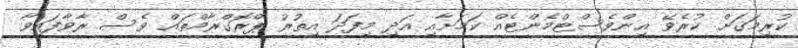
ކުރިމަގަށް ކުރެވޭ އިންވެސްޓްމެންޓެއް ކަމަށާއި އަދި މިފަދަ އިތުރު ޕްރޮގްރާމްތައް ވެސް ރާވާފައިވާ